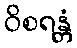
ဝိစရန္တံ